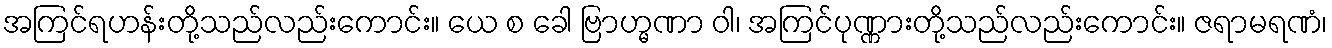
အကြင်ရဟန်းတို့သည်လည်းကောင်း။ ယေ စ ခေါ ဗြာဟ္မဏာ ဝါ၊ အကြင်ပုဏ္ဏားတို့သည်လည်းကောင်း။ ဇရာမရဏံ၊